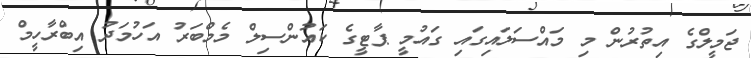
ޖަމީލްގެ އިތުރުން މި މައްސަލައިގައި ގައުމީ ޕާޓީގެ ކައުންސިލް މެމްބަރު އަހުމަދު އިބްރާހީމް